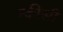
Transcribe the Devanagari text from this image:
न्कीसी